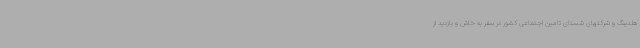
هلدینگ و شرکتهای شستای تامین اجتماعی کشور در سفر به خاش و بازدید از